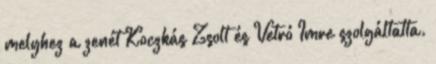
melyhez a zenét Koczkás Zsolt és Vetró Imre szolgáltatta.